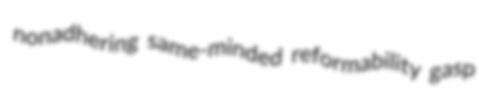
nonadhering same-minded reformability gasp